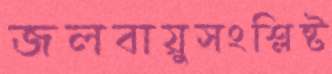
জলবায়ুসংশ্লিষ্ট